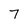
Character: 7